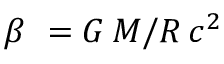
\beta \ = G \, M / R \, { c } ^ { 2 }